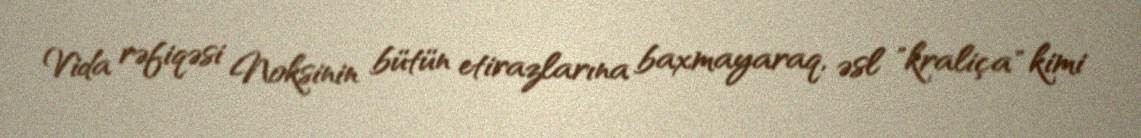
Vida rəfiqəsi Noksinin bütün etirazlarına baxmayaraq, əsl "kraliça" kimi